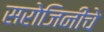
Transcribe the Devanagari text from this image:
सरोजिनींचे